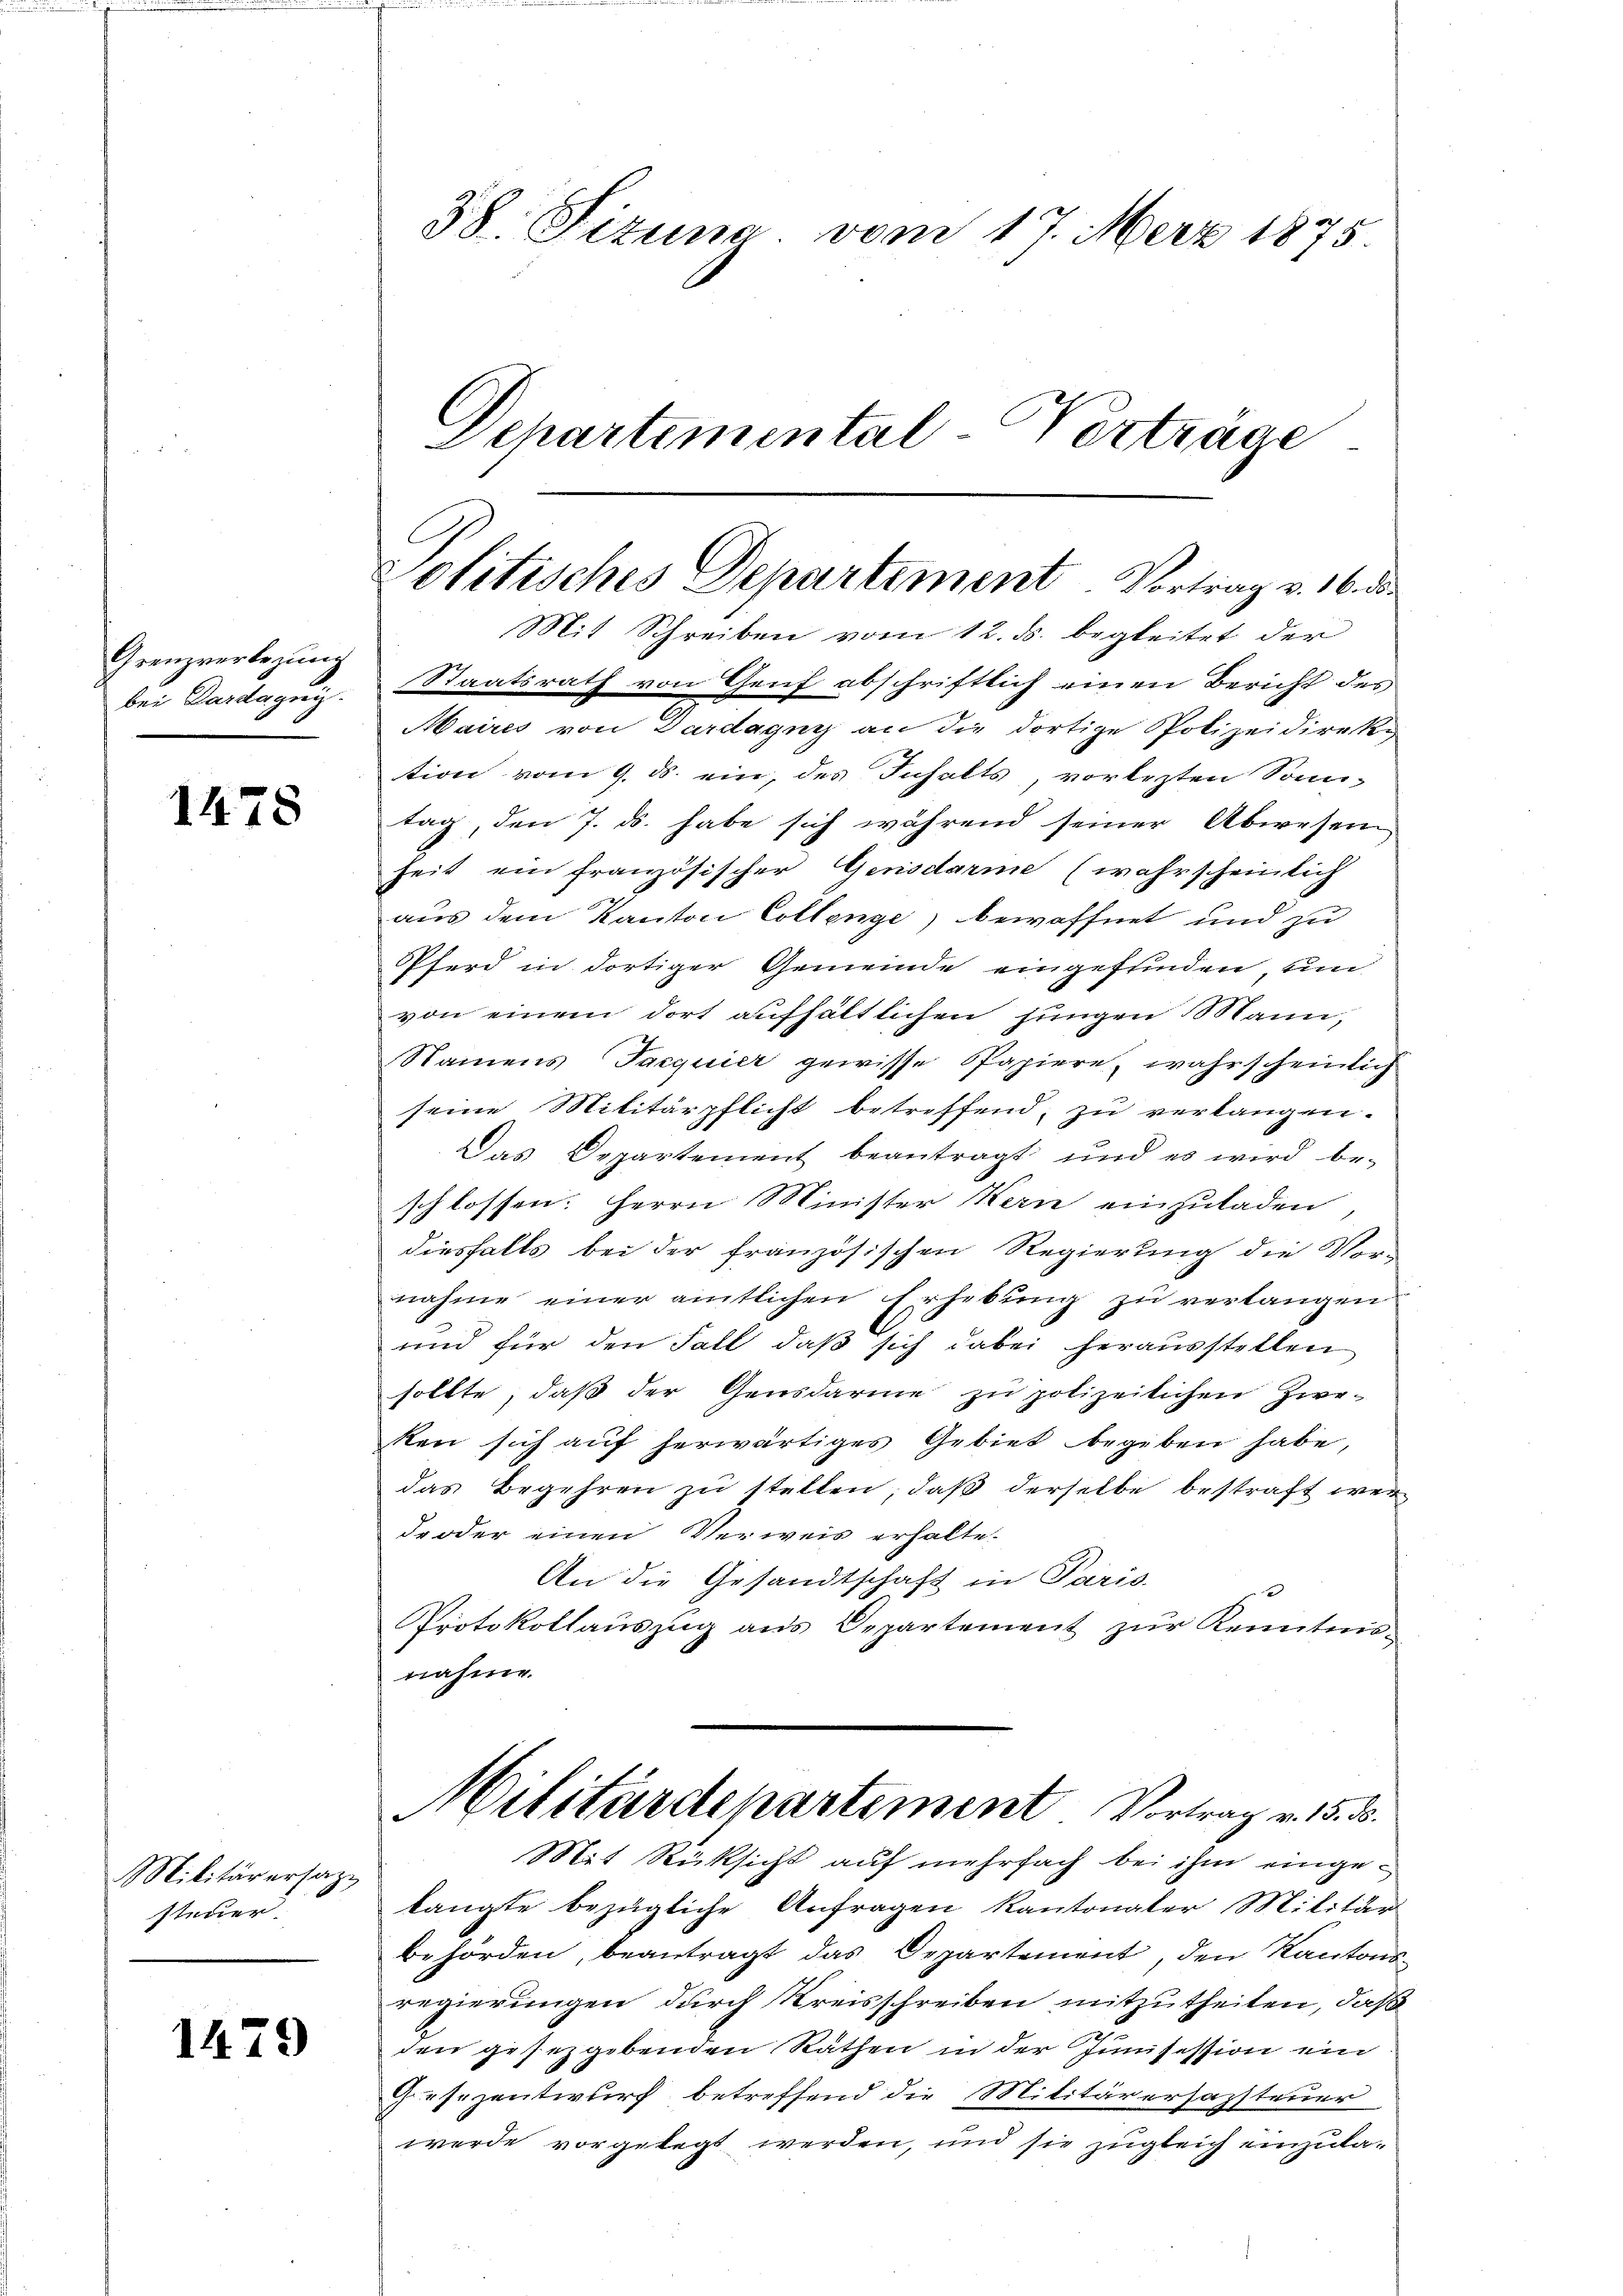
Grenzverbezung
bei Darda geri.

1478

Militärersatz
steuer

1479

Politisches Departement. Vortrag v. 16. d.

38. Fizuna. vom 17. März 1875
Schartimental-Verträge

Mit Schreiben vom 12. ds. begleitet der
Staatsrath von Genf abschriftlich einen Bericht des
Maires von Dardagny an die dortige Polizeidirektion vom 9. ds. ein, des Inhalts, vorlezten Sonn-
tag, den 7. ds. habe sich während seiner Abwesen
heit ein französischer Gensdarme (wahrscheinlich
aus dem Kanton Collenge) bewaffnet und zu
Pferd in dortiger Gemeinde eingefunden, um
von einem dort aufhältlichen jungen Mann,
Namens Jacquier gewisse Papiere, wahrscheinlich
seine Militärpflicht betreffend, zu verlangen.
Das Departement beantragt und es wird be-
schlossen: Herrn Minister Kern einzuladen
diesfalls bei der französischen Regierung die Vor-
nahme einer amtlichen Erhebung zu verlangen
und für den Fall, daß sich dabei herausstellen
sollte, daβ der Gensdarme zŭ polizeilichen Zwe-
ken sich auf herwärtiges Gebiet begeben habe,
das Begehren zŭ stellen, daß derselbe bestraft werde oder einen Verweis erhalte.
An die Gesandtschaft in Paris.
Protokollauszug aus Departement zur Kenntnis-
nahme.
Militärdepartement Vortrag v. 15. d.
Mit Rücksicht auf mehrfach bei ihm eingelangte bezügliche Anfragen Kantonaler Militär
behörden, beantragt das Departement, den Kantonsregierungen durch Kreisschreiben mitzutheilen, daß
den gesetzgebenden Räthen in der Junisession ein
Gesezentwurf betreffend die Militärersazsteuer
werde vorgelegt werden, und sie zugleich einzula¬